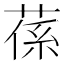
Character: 𦵠